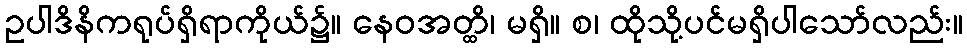
ဥပါဒိနိကရုပ်ရှိရာကိုယ်၌။ နေဝအတ္ထိ၊ မရှိ။ စ၊ ထိုသို့ပင်မရှိပါသော်လည်း။